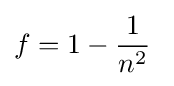
f=1-{\frac {1}{n^{2}}}\